Annual report on the mental hospital in the Central Provinces and Berar (Nagpur) - 1927-1951
Year: 1927
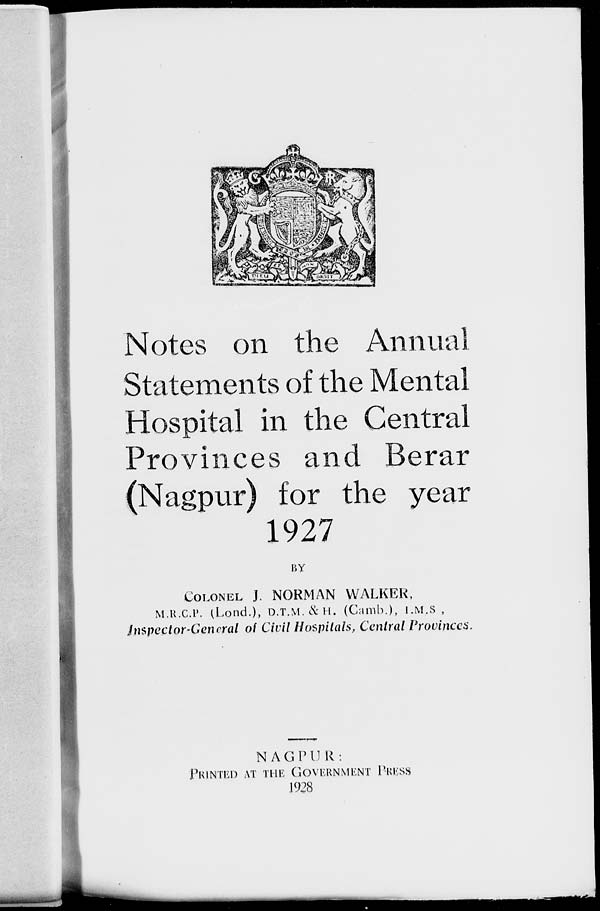
Notes on the Annual
Statements of the Mental
Hospital in the Central
Provinces and Berar
(Nagpur) for the year
1927
BY
COLONEL J. NORMAN WALKER,
M.R.C.P. (Lond.), D.T.M. & H. (Camb.), I.M.S ,
Inspector-General of Civil Hospitals, Central Provinces.
—
NAGPUR:
PRINTED AT THE GOVERNMENT PRESS
1928